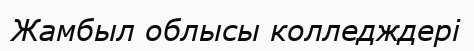
Жамбыл облысы колледждері